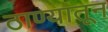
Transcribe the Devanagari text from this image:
ठाण्यातून